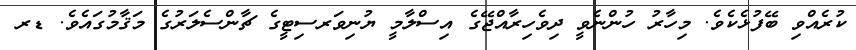
ކުރެއްވި ބޭފުޅެކެވެ. މިހާރު ހުންނެވީ ދިވެހިރާއްޖޭގެ އިސްލާމީ ޔުނިވަރސިޓީގެ ޗާންސެލަރުގެ މަޤާމުގައެވެ. ޑރ